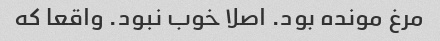
مرغ مونده بود. اصلا خوب نبود. واقعا که